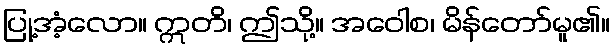
ပြု့အံ့လော။ ဣတိ၊ ဤသို့။ အဝေါစ၊ မိန်တော်မူ၏။